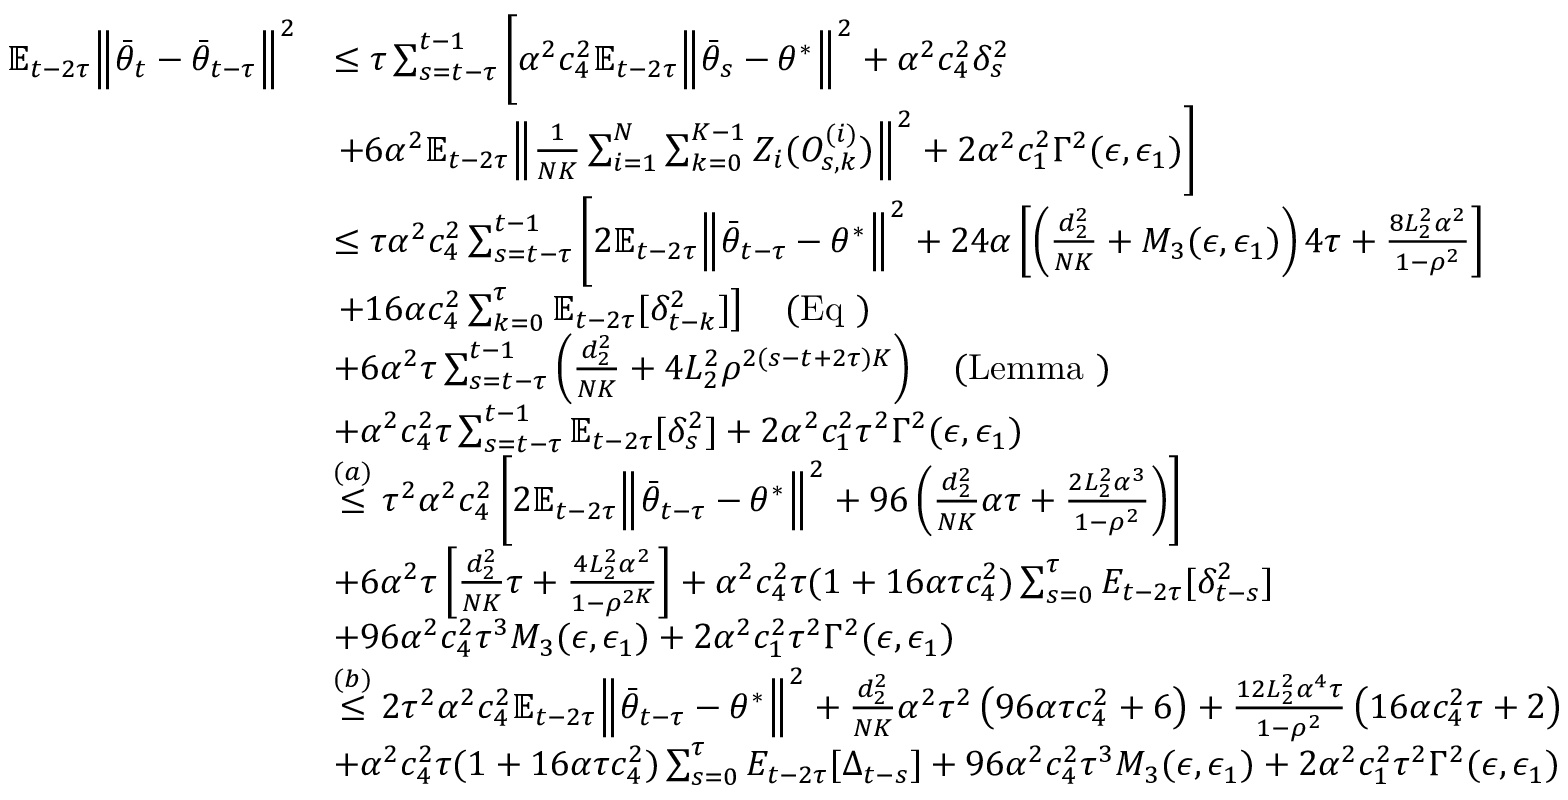
\begin{array} { r l } { \mathbb { E } _ { t - 2 \tau } \Big \lVert \bar { \theta } _ { t } - \bar { \theta } _ { t - \tau } \Big \rVert ^ { 2 } } & { \le \tau \sum _ { s = t - \tau } ^ { t - 1 } \left[ \alpha ^ { 2 } c _ { 4 } ^ { 2 } \mathbb { E } _ { t - 2 \tau } \Big \lVert \bar { \theta } _ { s } - \theta ^ { * } \Big \rVert ^ { 2 } + \alpha ^ { 2 } c _ { 4 } ^ { 2 } \delta _ { s } ^ { 2 } \right. } \\ & { \left. + 6 \alpha ^ { 2 } \mathbb { E } _ { t - 2 \tau } \Big \lVert \frac { 1 } { N K } \sum _ { i = 1 } ^ { N } \sum _ { k = 0 } ^ { K - 1 } Z _ { i } ( O _ { s , k } ^ { ( i ) } ) \Big \rVert ^ { 2 } + 2 \alpha ^ { 2 } c _ { 1 } ^ { 2 } \Gamma ^ { 2 } ( \epsilon , \epsilon _ { 1 } ) \right] } \\ & { \le \tau \alpha ^ { 2 } c _ { 4 } ^ { 2 } \sum _ { s = t - \tau } ^ { t - 1 } \left[ 2 \mathbb { E } _ { t - 2 \tau } \Big \lVert \bar { \theta } _ { t - \tau } - \theta ^ { * } \Big \rVert ^ { 2 } + 2 4 \alpha \left[ \left( \frac { d _ { 2 } ^ { 2 } } { N K } + M _ { 3 } ( \epsilon , \epsilon _ { 1 } ) \right) 4 \tau + \frac { 8 L _ { 2 } ^ { 2 } \alpha ^ { 2 } } { 1 - \rho ^ { 2 } } \right] \right. } \\ & { \left. + 1 6 \alpha c _ { 4 } ^ { 2 } \sum _ { k = 0 } ^ { \tau } \mathbb { E } _ { t - 2 \tau } [ \delta _ { t - k } ^ { 2 } ] \right] \quad ( \mathrm { E q ~ } ) } \\ & { + 6 \alpha ^ { 2 } \tau \sum _ { s = t - \tau } ^ { t - 1 } \left( \frac { d _ { 2 } ^ { 2 } } { N K } + 4 L _ { 2 } ^ { 2 } \rho ^ { 2 ( s - t + 2 \tau ) K } \right) \quad ( \mathrm { L e m m a ~ } ) } \\ & { + \alpha ^ { 2 } c _ { 4 } ^ { 2 } \tau \sum _ { s = t - \tau } ^ { t - 1 } \mathbb { E } _ { t - 2 \tau } [ \delta _ { s } ^ { 2 } ] + 2 \alpha ^ { 2 } c _ { 1 } ^ { 2 } \tau ^ { 2 } \Gamma ^ { 2 } ( \epsilon , \epsilon _ { 1 } ) } \\ & { \stackrel { ( a ) } { \le } \tau ^ { 2 } \alpha ^ { 2 } c _ { 4 } ^ { 2 } \left[ 2 \mathbb { E } _ { t - 2 \tau } \Big \lVert \bar { \theta } _ { t - \tau } - \theta ^ { * } \Big \rVert ^ { 2 } + 9 6 \left( \frac { d _ { 2 } ^ { 2 } } { N K } \alpha \tau + \frac { 2 L _ { 2 } ^ { 2 } \alpha ^ { 3 } } { 1 - \rho ^ { 2 } } \right) \right] } \\ & { + 6 \alpha ^ { 2 } \tau \left[ \frac { d _ { 2 } ^ { 2 } } { N K } \tau + \frac { 4 L _ { 2 } ^ { 2 } \alpha ^ { 2 } } { 1 - \rho ^ { 2 K } } \right] + \alpha ^ { 2 } c _ { 4 } ^ { 2 } \tau ( 1 + 1 6 \alpha \tau c _ { 4 } ^ { 2 } ) \sum _ { s = 0 } ^ { \tau } E _ { t - 2 \tau } [ \delta _ { t - s } ^ { 2 } ] } \\ & { + 9 6 \alpha ^ { 2 } c _ { 4 } ^ { 2 } \tau ^ { 3 } M _ { 3 } ( \epsilon , \epsilon _ { 1 } ) + 2 \alpha ^ { 2 } c _ { 1 } ^ { 2 } \tau ^ { 2 } \Gamma ^ { 2 } ( \epsilon , \epsilon _ { 1 } ) } \\ & { \stackrel { ( b ) } \le 2 \tau ^ { 2 } \alpha ^ { 2 } c _ { 4 } ^ { 2 } \mathbb { E } _ { t - 2 \tau } \Big \lVert \bar { \theta } _ { t - \tau } - \theta ^ { * } \Big \rVert ^ { 2 } + \frac { d _ { 2 } ^ { 2 } } { N K } \alpha ^ { 2 } \tau ^ { 2 } \left( 9 6 \alpha \tau c _ { 4 } ^ { 2 } + 6 \right) + \frac { 1 2 L _ { 2 } ^ { 2 } \alpha ^ { 4 } \tau } { 1 - \rho ^ { 2 } } \left( 1 6 \alpha c _ { 4 } ^ { 2 } \tau + 2 \right) } \\ & { + \alpha ^ { 2 } c _ { 4 } ^ { 2 } \tau ( 1 + 1 6 \alpha \tau c _ { 4 } ^ { 2 } ) \sum _ { s = 0 } ^ { \tau } E _ { t - 2 \tau } [ \Delta _ { t - s } ] + 9 6 \alpha ^ { 2 } c _ { 4 } ^ { 2 } \tau ^ { 3 } M _ { 3 } ( \epsilon , \epsilon _ { 1 } ) + 2 \alpha ^ { 2 } c _ { 1 } ^ { 2 } \tau ^ { 2 } \Gamma ^ { 2 } ( \epsilon , \epsilon _ { 1 } ) } \end{array}